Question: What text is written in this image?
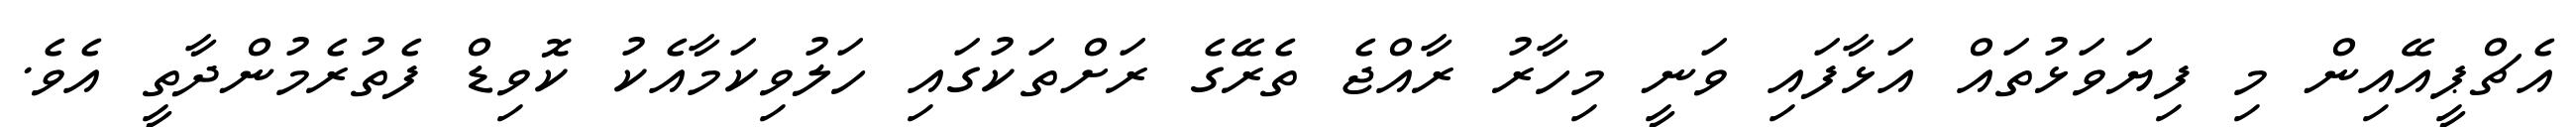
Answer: އެޗްޕީއޭއިން މި ފިޔަވަޅުތައް އަޅާފައި ވަނީ މިހާރު ރާއްޖެ ތެރޭގެ ރަށްތަކުގައި ހަލުވިކަމާއެކު ކޮވިޑް ފެތުރެމުންދާތީ އެވެ.